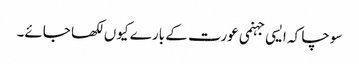
سوچا کہ ایسی جہنمی عورت کے بارے کیوں لکھا جائے۔